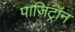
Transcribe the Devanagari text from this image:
पाज़िट्रॉन